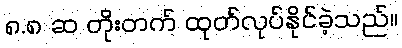
၈.၈ ဆ တိုးတက် ထုတ်လုပ်နိုင်ခဲ့သည်။